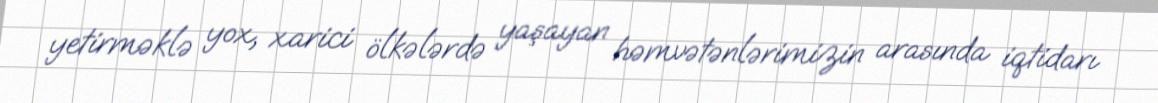
yetirməklə yox, xarici ölkələrdə yaşayan həmvətənlərimizin arasında iqtidarı